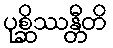
ပုစ္ဆိဿန္တီတိ